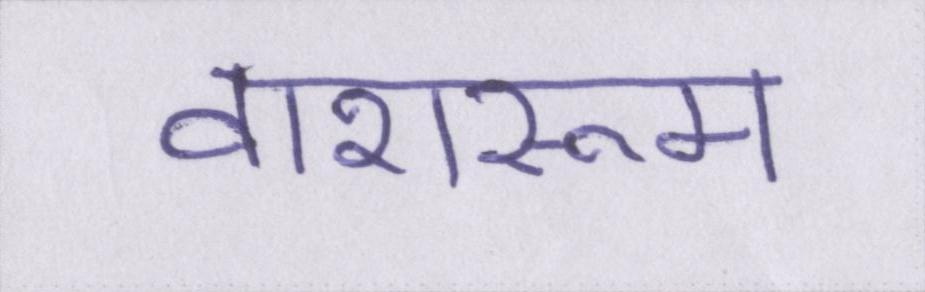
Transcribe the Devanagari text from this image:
वाशरूम